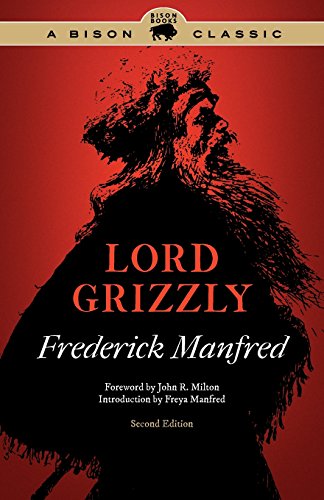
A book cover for Lord Grizzly, Second Edition (Buckskin Man Tales); Frederick Manfred; Literature & Fiction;